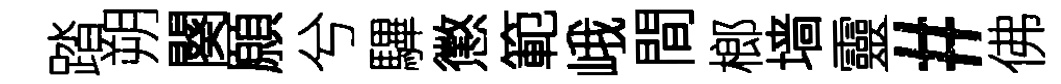
踏朔闋願兮驆懲範峨間榔墙靈#佛